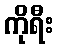
ကိုရီး